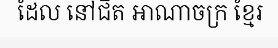
ដែល នៅជិត អាណាចក្រ ខ្មែរ